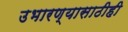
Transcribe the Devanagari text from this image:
उभारण्यासाठीही